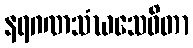
နရဂဏသံဃသေဝိတာ